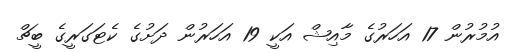
އުމުރުން 17 އަހަރުގެ މާއިޝް އަކީ 19 އަހަރުން ދަށުގެ ކެޓަގަރީގެ ބީޗް